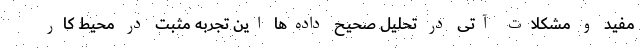
مفید و مشکلات آتی در تحلیل صحیح داده‌ها این تجربه مثبت در محیط کار